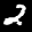
Label: 2